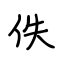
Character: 佚